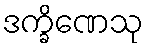
ဒက္ခိဏေသု